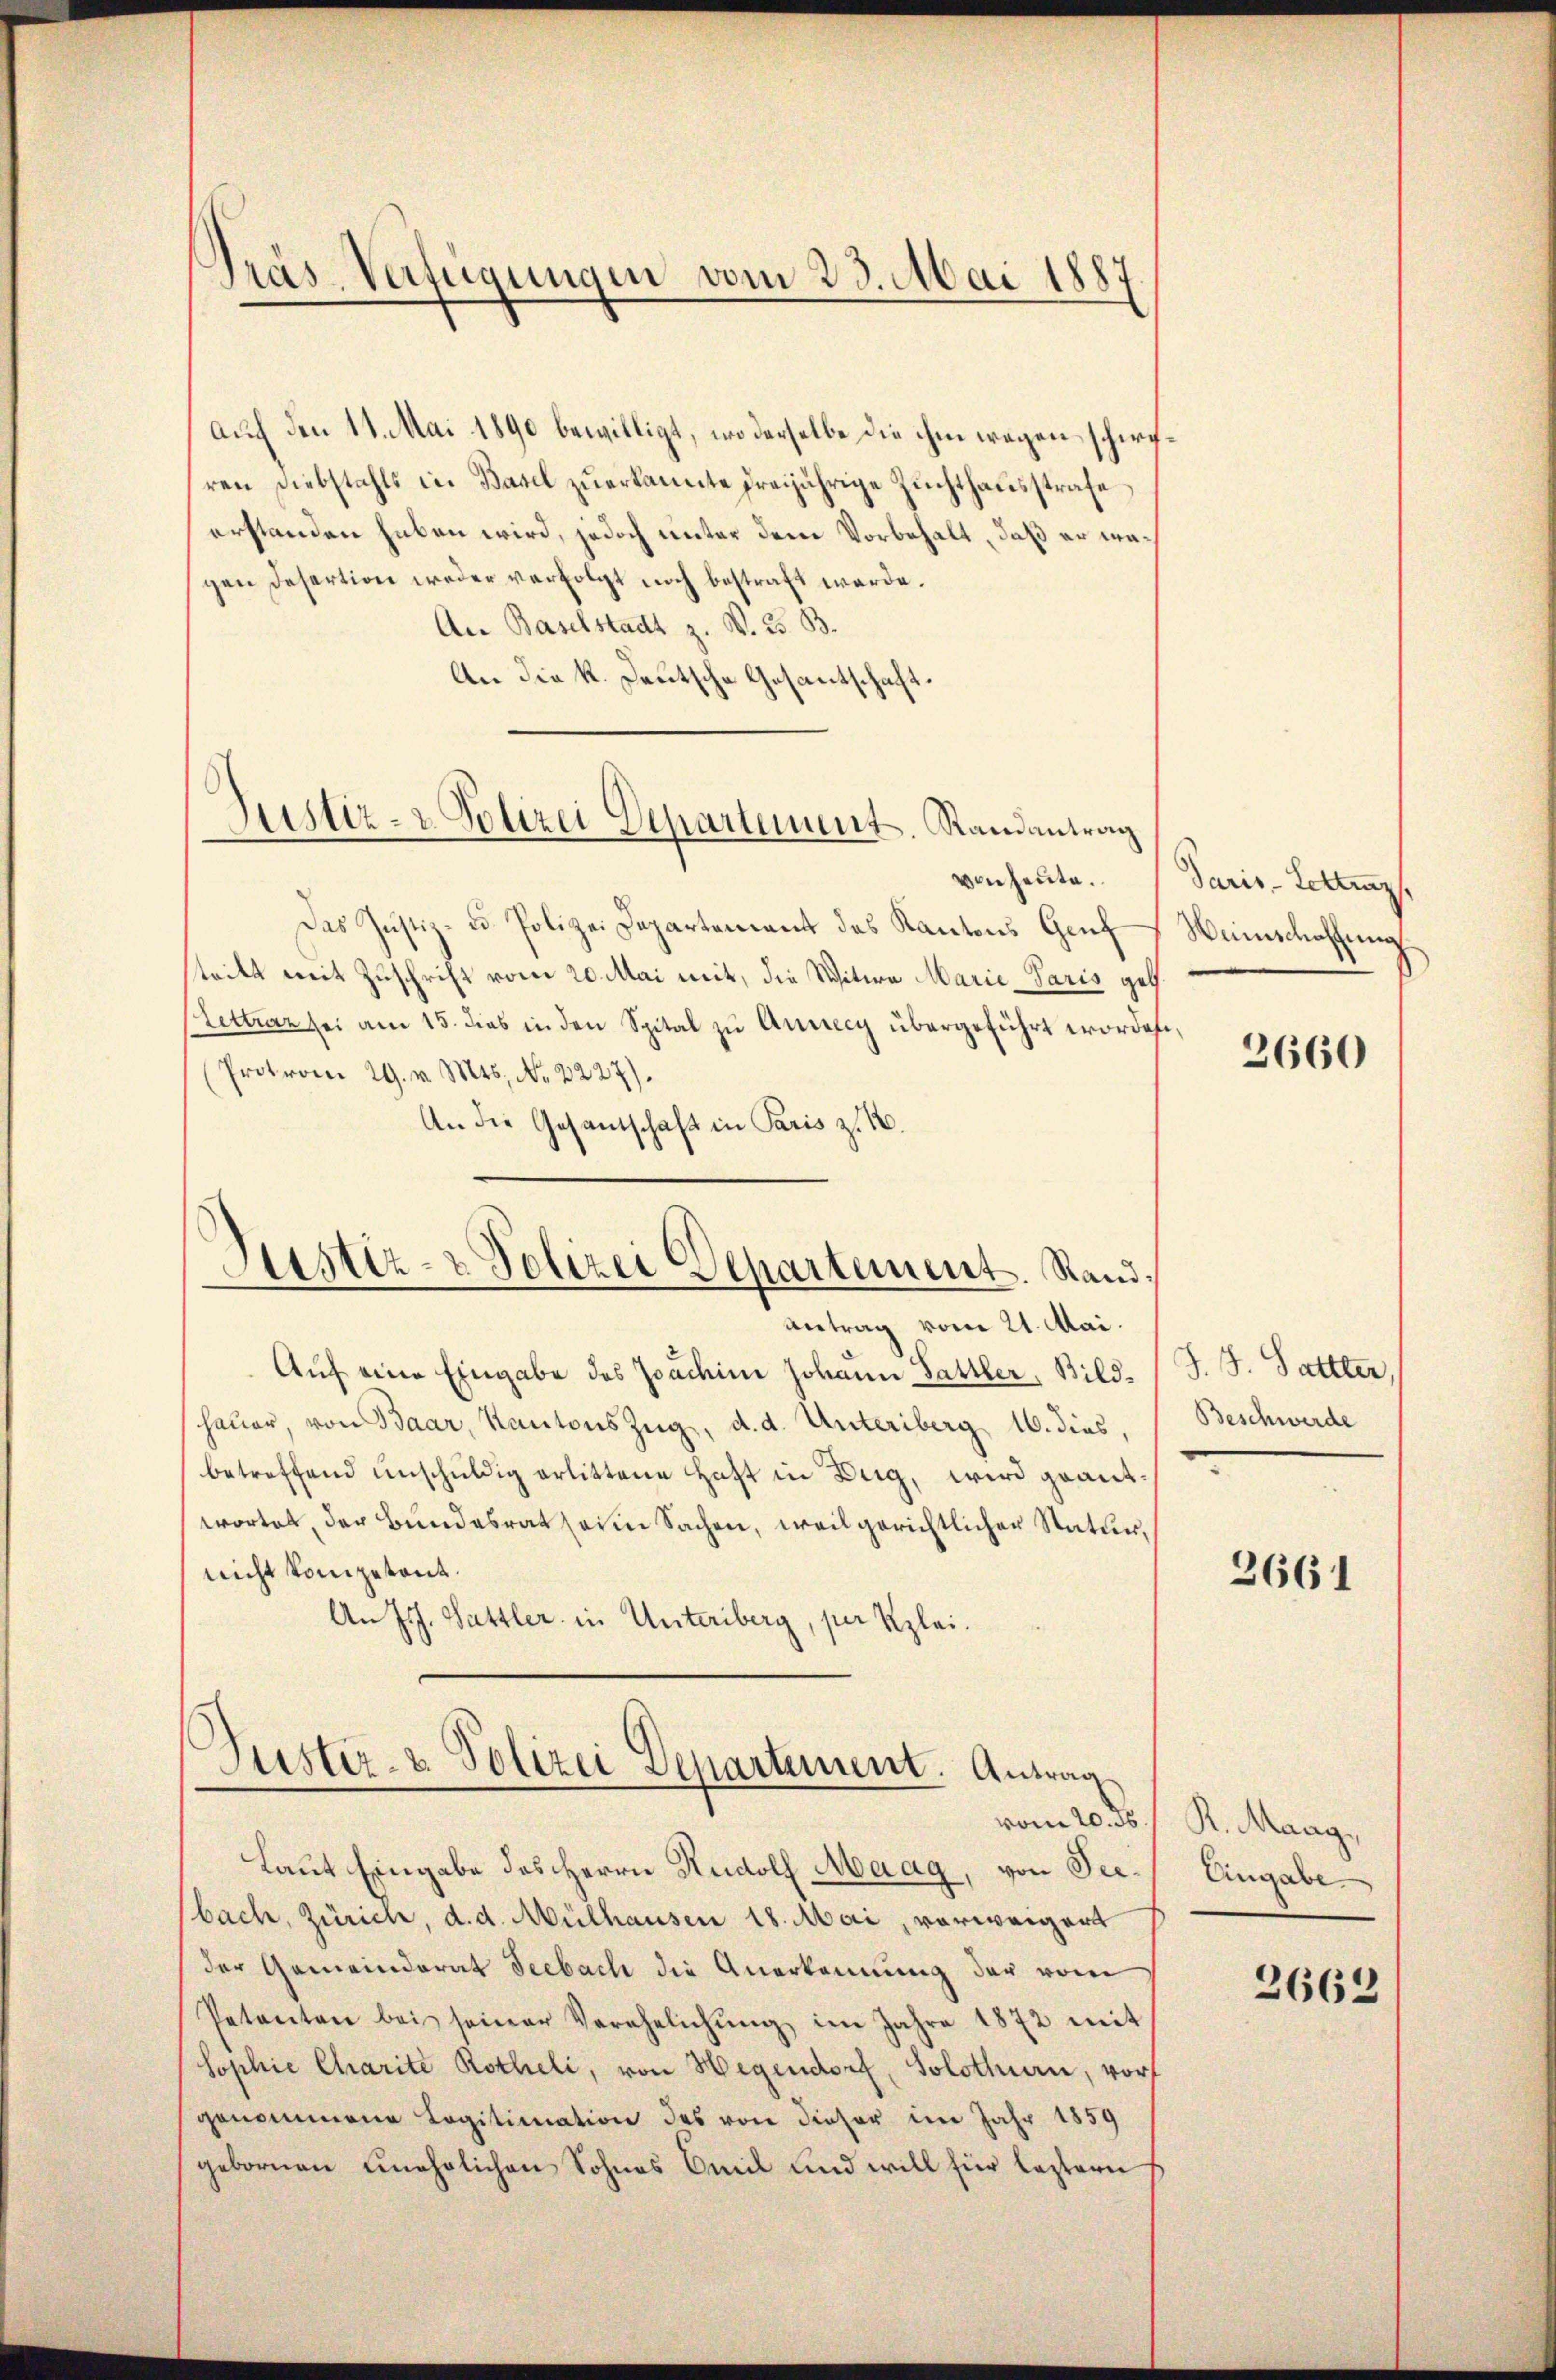
Präs. Verfügungen vom 23. Mai 1887

Justiz- & Polizei Departement. Randantrag

auch den 14. Mai 1890 bewilligt, wo derselbe die ihm wegen schirren Diebstahls in Basel zuerkannte dreijährige Zuchthausstrafe
erstanden haben wird, jedoch unter dem Vorbehalt, daß er magen Desertion weder verfolgt noch bestraft werde.
An Baselstadt z. v. 23. B.
An die K. Deutsche Gesantschaft
ven heute.
Das Justiz- u. Polizei Departement des Kantons Genf
strikt mit Zuschrift vom 20. Mai mit, die Witwe Marie-Paris get
Lettrez sei am 15. dies in den Spital zu Annecy übergeführt worden
Proton 29. v. Mts. No. 2227).
An die Gesandschaft in Paris z. B.
Justiz- & Polizei Departement. Rand,
Antrag vom 21. Mai.
Auf eine Eingabe des Joachine Johann Sattler, Bildhauer, von Baar, Kantons Zug, d. d. Unteriberg 16. dies,
betreffend unschuldig erlittene Haft in Zug, wird geantwortet, der Bundesrat sein Sachen, weil gerichtlicher Statur,
nicht kompetent.
An Joh. Sattler in Unteriberg, per Klei¬

.
Justiz- & Polizei Departement. Antrag
vom 20. ds.

Laut Eingabe des Herrn Rudolf Maag, von Seebach, Zürich, d. d. Mülhausen 18. Mai, vorweigert
der Gemeinderat Seebach die Anerkennung der vom
Petenten bei seiner Verehelichŭng im Jahre 1872 mit
Sophie Charite Rotheli, von Hegendorf, Solothurn, vor
genommene Legitimation des von dieser im Jahr 1859
gebornen unehelichen Sohnes Emil und will für leztern

Paris - Lettenz,
Weinschaffung

2660

J. J. Sattler,
Beschwerde

3661

K. Maag,
Eingabe

2662